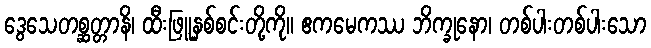
ဒွေသေတစ္ဆတ္တာနိ၊ ထီးဖြူနှစ်စင်းတို့ကို။ ဧကမေကဿ ဘိက္ခုနော၊ တစ်ပါးတစ်ပါးသော